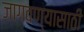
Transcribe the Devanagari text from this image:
जागवण्यासाठी